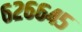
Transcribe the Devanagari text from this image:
६२६६४५